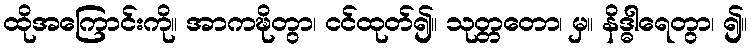
ထိုအကြောင်းကို။ အာကဍ္ဎိတွာ၊ ငင်ထုတ်၍။ သုတ္တတော၊ မှ။ နိဒ္ဓါရေတွာ၊ ၍။